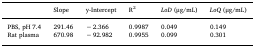
|  | Slope | y-Intercept | R2 | LoD (μg/mL) | LoQ (μg/mL) |
 | --- | --- | --- | --- | --- | --- |
 | PBS, pH 7.4 | 291.46 | − 2.366 | 0.9987 | 0.049 | 0.149 |
 | Rat plasma | 670.98 | − 92.982 | 0.9955 | 0.099 | 0.301 |